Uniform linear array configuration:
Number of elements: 16
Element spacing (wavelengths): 1
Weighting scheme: binomial
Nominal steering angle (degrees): -30
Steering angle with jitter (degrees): -31.475
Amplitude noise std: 0.05
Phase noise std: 0.05

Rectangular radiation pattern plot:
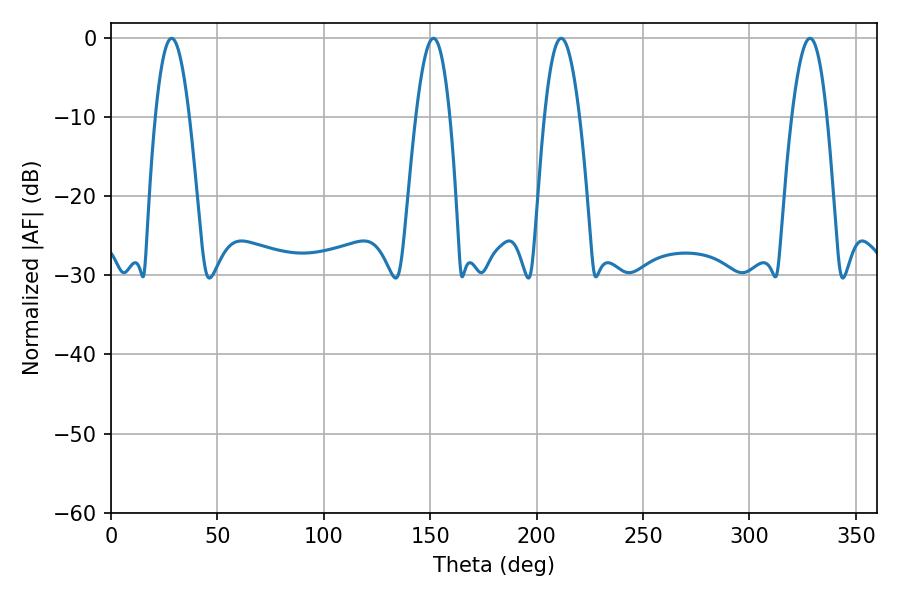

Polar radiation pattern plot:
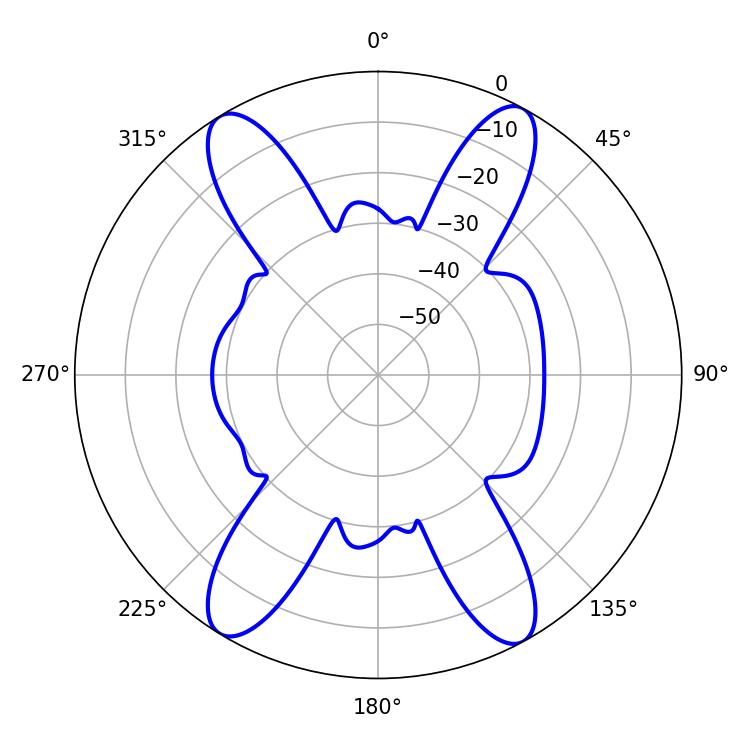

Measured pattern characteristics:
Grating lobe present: TRUE
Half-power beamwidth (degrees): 9
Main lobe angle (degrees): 211.5